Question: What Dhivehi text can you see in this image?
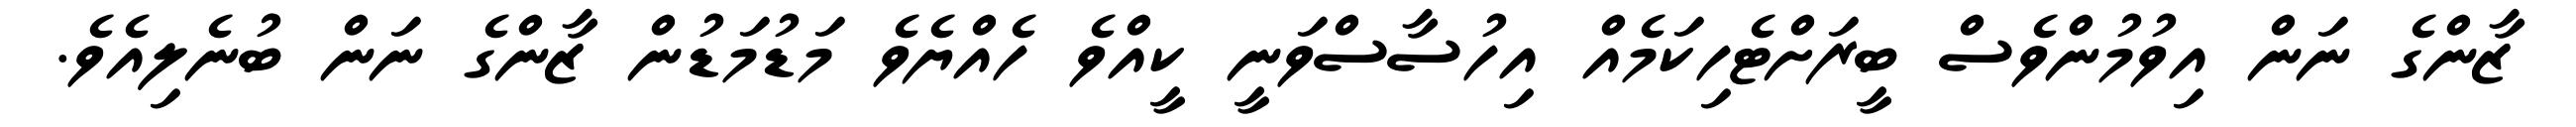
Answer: ޒާންގެ ނަން އިވުމުންވެސް ބީރަށްޓެހިކަމެއް އިހުސާސްވަނީ ކީއްވެ ހެއްޔެވެ މަޑުމަޑުން ޒާންގެ ނަން ބުނެލިއެވެ.